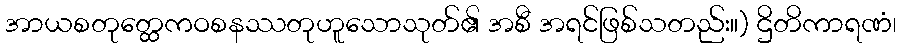
အာယစတုတ္ထေကဝစနဿတုဟူသောသုတ်၏ အစီ အရင်ဖြစ်သတည်း။) ဌိတိကာရဏံ၊